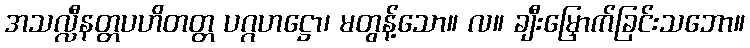
အသလ္လီနတ္တပဟိတတ္တ ပဂ္ဂဟဋ္ဌော၊ မတွန့်သော။ လ။ ချီးမြှောက်ခြင်းသဘော။